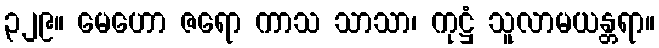
၃၂၉။ မေဟော ဇရော ကာသ သာသာ၊ ကုဋ္ဌံ သူလာမယန္တရာ။